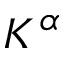
K ^ { \alpha }